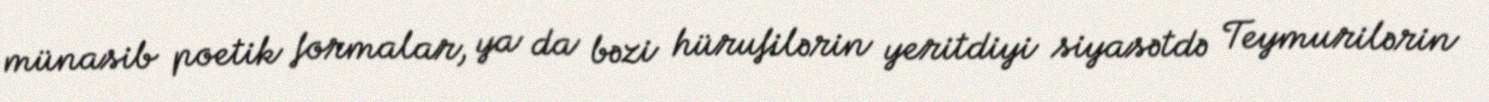
münasib poetik formalar, ya da bəzi hürufilərin yeritdiyi siyasətdə Teymurilərin